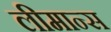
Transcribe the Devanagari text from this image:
लीमान्स